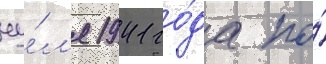
иу́л'я 1941 го́да по́